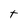
Character: t